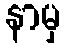
နာမှ